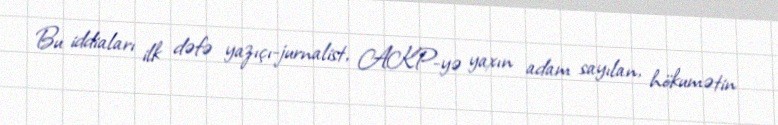
Bu iddiaları ilk dəfə yazıçı-jurnalist, AKP-yə yaxın adam sayılan, hökumətin